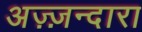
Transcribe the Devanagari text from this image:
अज़्ज़न्दारा